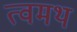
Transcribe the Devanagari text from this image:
त्वमथ